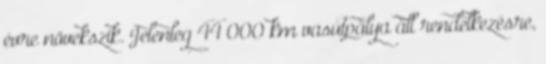
évre növekszik. Jelenleg 44 000 km vasútpálya áll rendelkezésre,